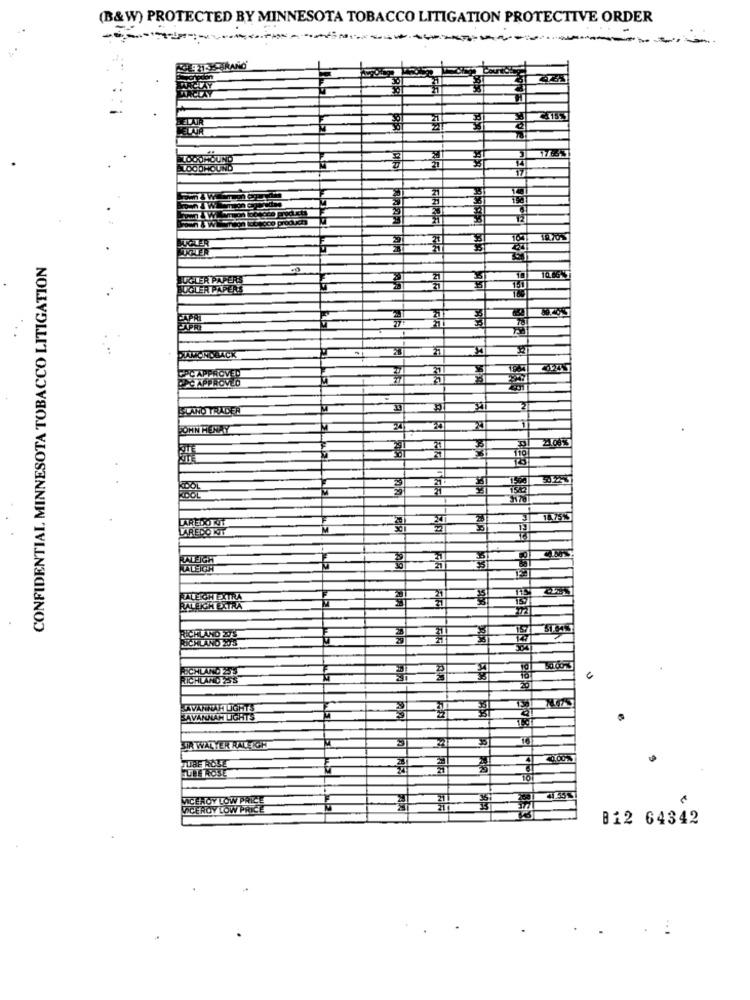
(B&W) PROTECTED BY MINNESOTA TOBACCO LITIGATION PROTECTIVE ORDER
DUR
DOUROUND
LOODHOUN
CONFIDENTIAL MINNESOTA TOBACCO LITIGATION
BUGLER PAPERS
BUGLER PAPERS
CAPR
CAPRI
APPROVE
CAPPROWL
AND TRADER
POHN HENAY
110
1.75%
AREDO KIT
REDO KOT
RALEIGH
RALEIGH
ALEICH EXTRA
ALEICH EXTRA
RICH AND WS
RICHLAND 20'3
SCHLAND 5'S
RICHLANDES'S
SAVANNAHI UGHTS
SAVANNAH LIGHTS
SIA WALYER RALEKAR
40.00 %
VICEROY LOW PRICE
VICEROY LOW PRICE
B12 64342